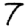
Digit: 7